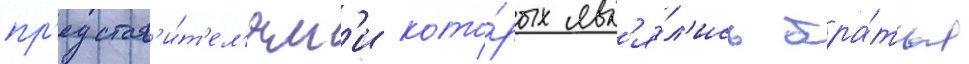
пр'едстав'и́т'ел'ям'и кото́рых явл'я́л'ись бра́тья